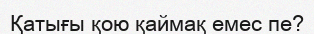
Қатығы қою қаймақ емес пе?